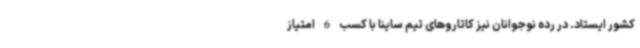
کشور ایستاد. در رده نوجوانان نیز کاتاروهای تیم ساینا با کسب 6 امتیاز